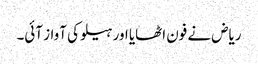
ریاض نے فون اٹھایا اور ہیلو کی آواز آئی۔